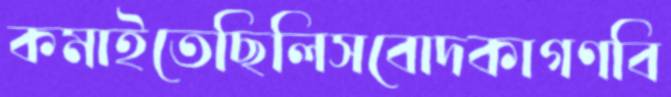
কমাইতেছিলিসবোদকাগণবি